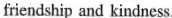
friendship and kindness.